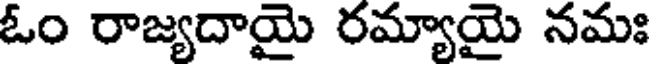
ఓం రాజ్యదాయై రమ్యాయై నమః